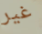
غير